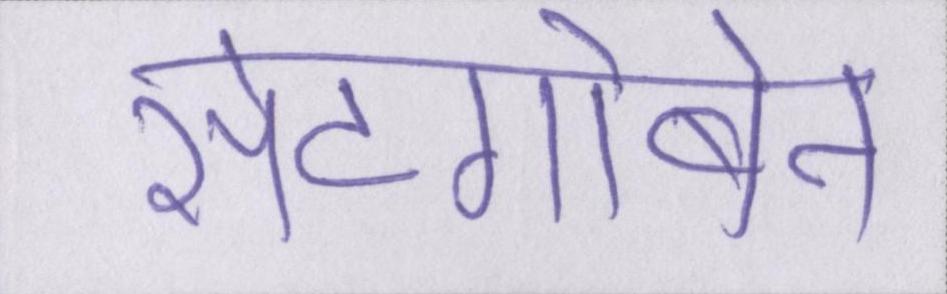
सेंटगोबेन